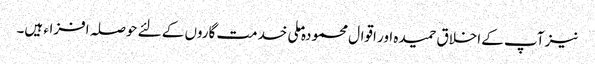
نیز آپ کے اخلاق حمیدہ اور اقوال محمودہ ملی خدمت گاروں کے لئے حوصلہ افزاء ہیں۔